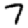
Digit: 7